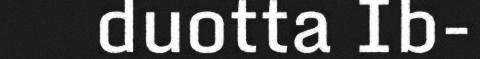
duotta Ib-